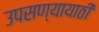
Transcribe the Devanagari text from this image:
उपसण्यायाठी